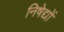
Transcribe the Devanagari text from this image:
निषेद्यों